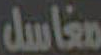
مغاسل